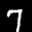
Label: 7